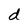
Character: d